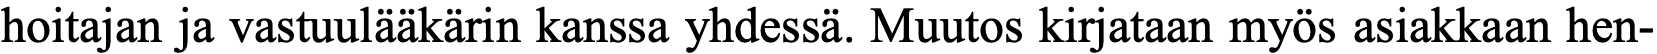
hoitajan ja vastuulääkärin kanssa yhdessä. Muutos kirjataan myös asiakkaan hen-